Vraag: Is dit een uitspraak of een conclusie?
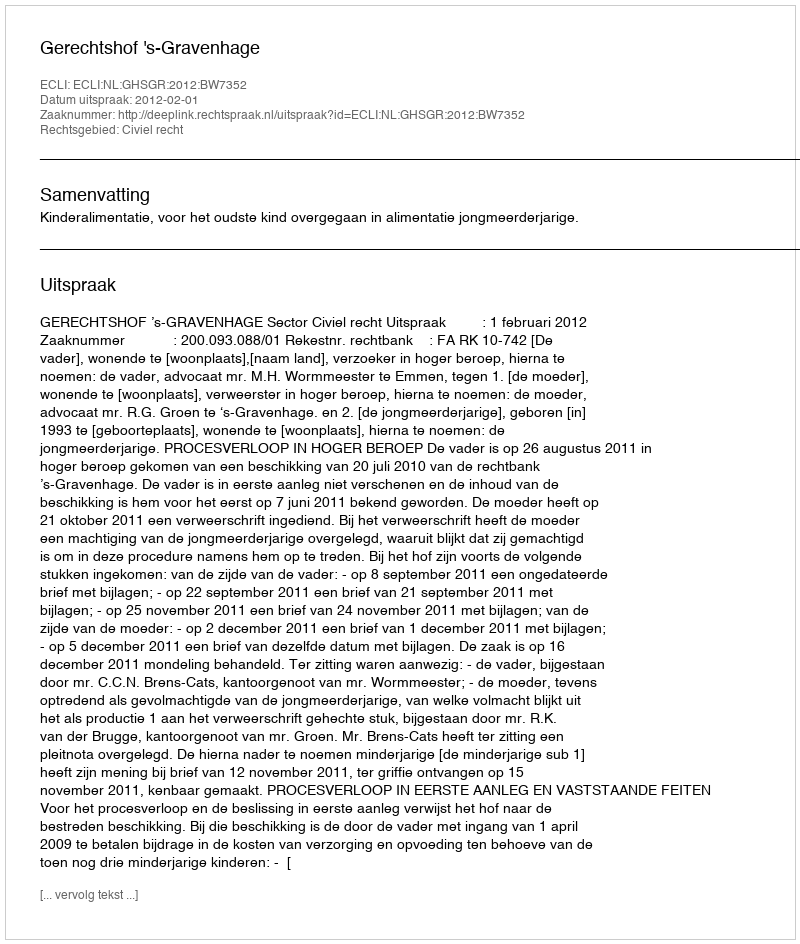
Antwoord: Uitspraak